Annual report on the working of the lock hospitals in the North-Western Provinces and Oudh
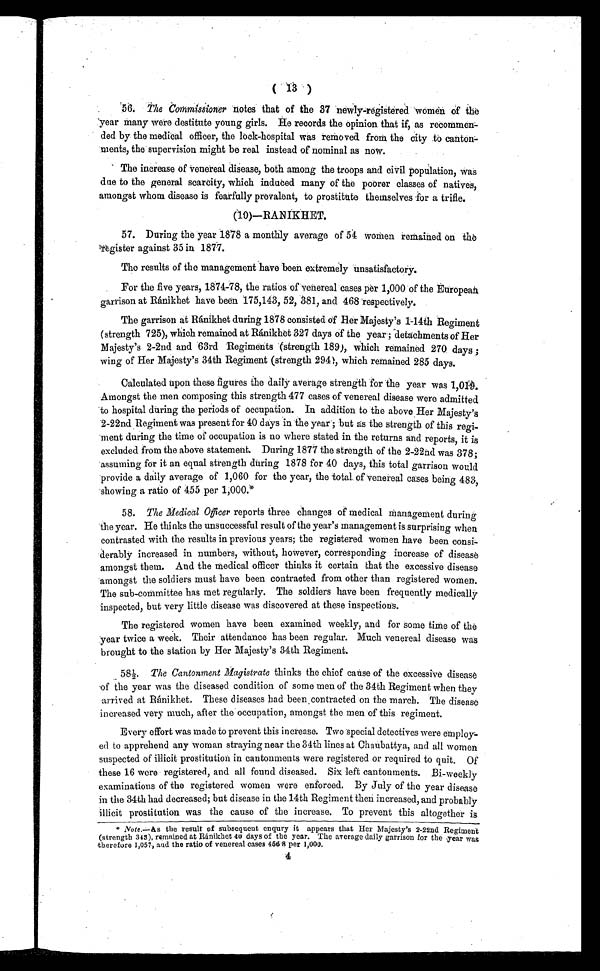
1 3 )
56. The Co mmissioner notes that of the 37 newly-registered women of the
year many were destitute young girls. He records the opinion that if, as
recommen-ded by the medical officer, the lock-hospital was removed from the city to canton-
ments, the supervision might be real instead of nominal as now.
The increase of venereal disease, both among the troops and civil population, was
due to the general scarcity, which induced many of the poorer classes of natives,
amongst whom disease is fearfully prevalent, to prostitute themselves for a trifle.
(10)— RANIKHET
57. During the year 1878 a monthly average of 54 women remained on the
register against 35 in 1877.
The results of the management have been extremely unsatisfactory.
For the five years, 1874-78, the ratios of venereal cases per 1,000 of the European
garrison at Ránikhet have been 175,143, 52, '881, and 468 respectively.
The garrison at Ránikhet during 1878 consisted of Her Majesty's 1-14th Regiment
(strength 725), which remained at Ránikhet 327 days of the year; detachments of Her
Majesty's 2-2nd and 63rd Regiments (strength 189), which remained 270 days ;
wing of Her Majesty's 34th Regiment (strength 294), which remained 285 days.
Calculated upon these figures the daily average strength for the year was 1,019.
Amongst the men composing this strength 477 cases of venereal disease were admitted
to hospital during the periods of occupation. In addition to the above Her Majesty's
2-22nd Regiment was present for 40 days in the year; but as the strength of this regi
- m e n t d u r i n g t h e t i m e o f o c c u p a t i o n i s n o w h e r e s t a t e d i n t h e r e t u r n s a n d r e p o r t s , i t i s
excluded from the above statement. During 1877 the strength of the 2-22nd was 378;
assuming for it an equal strength during 1878 for 40 days, this total garrison would
provide a daily average of 1,060 for the year, the total of -venereal cases being 483,
showing a ratio of 455 per 1,000.*
58. The Medical officer reports three changes of medical management during
the year. He thinks the unsuccessful result of the year's management is surprising when
contrasted with the results in previous years; the registered women have been consi
- d e r a b l y i n c r e a s e d i n n u m b e r s , w i t h o u t , h o w e v e r , c o r r e s p o n d i n g i n c r e a s e o f d i s e a s e
amongst them. And the medical officer thinks it certain that the excessive disease
amongst the soldiers must have been contracted from other than registered women.
The sub-committee has met regularly. The soldiers have been frequently medically
inspected, but very little disease was discovered at these inspections.
The registered women have been examined weekly, and for some time of the
year twice a week. Their attendance has been regular. Much venereal disease was
brought to the station by Her Majesty's 34th Regiment.
58½. The Cantonment Magistrate thinks the chief cause of the excessive disease
of the year was the diseased condition of some men of the 34th Regiment when they
arrived at Ránikhet. These diseases had been contracted on the march. The disease
increased very much, after the occupation, amongst the men of this regiment.
Every effort was made to prevent this increase. Two special detectives were em
ed to apprehend any woman straying near the 34th lines at Chaubattya, and all women
suspected of illicit prostitution in cantonments were registered or required to quit. Of
these 16 were registered, and all found diseased. Six left cantonments. Bi-weekly
examinations of the registered women were enforced. By July of the year disease
in the 34th had decreased; but disease in the 14th Regiment then increased, and probably
illicit restitution was the cause of the increase. To prevent this altogether is
* N o t e . — A st
h e r e s u l t o f s u b s e q u e n t e n q u r y i t a p p e a r s t h a t H e r M a j e s t y ' s 2 - 2 2 n d R e g i m e n t
( s t r e n g t h
3 4 3 ) ,r
e m a i n e d a t R á n i k h e t
4 0
d a y s o f t h e y e a r . T h e a v e r a g e d a i l y g a r r i s o n f o r t h e y e a r w a s
therefore 1,057., and the ratio of venereal cases 456.8 per 1,000.